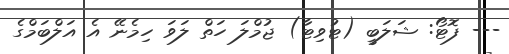
--- ފޮޓޯ: ޝަލަބީ (ޓުވިޓާ) ޖުމްލަ ހަތް ލަވަ ހިމެނޭ އެ އަލްބަމްގެ